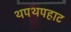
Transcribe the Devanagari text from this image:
थपथपहाट